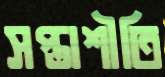
সপ্তাশীতি